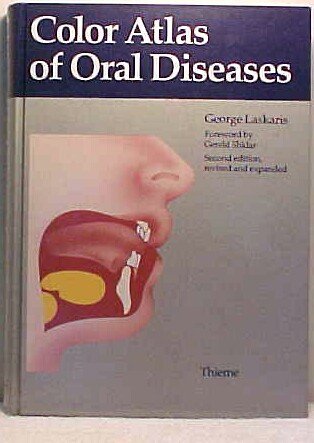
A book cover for Color Atlas ofOral Diseases; George Laskaris; Medical Books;